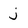
Character: j